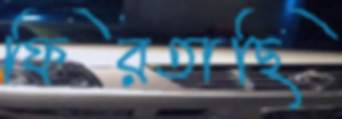
ফিরতাছি